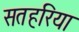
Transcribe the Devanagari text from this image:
सतहरिया